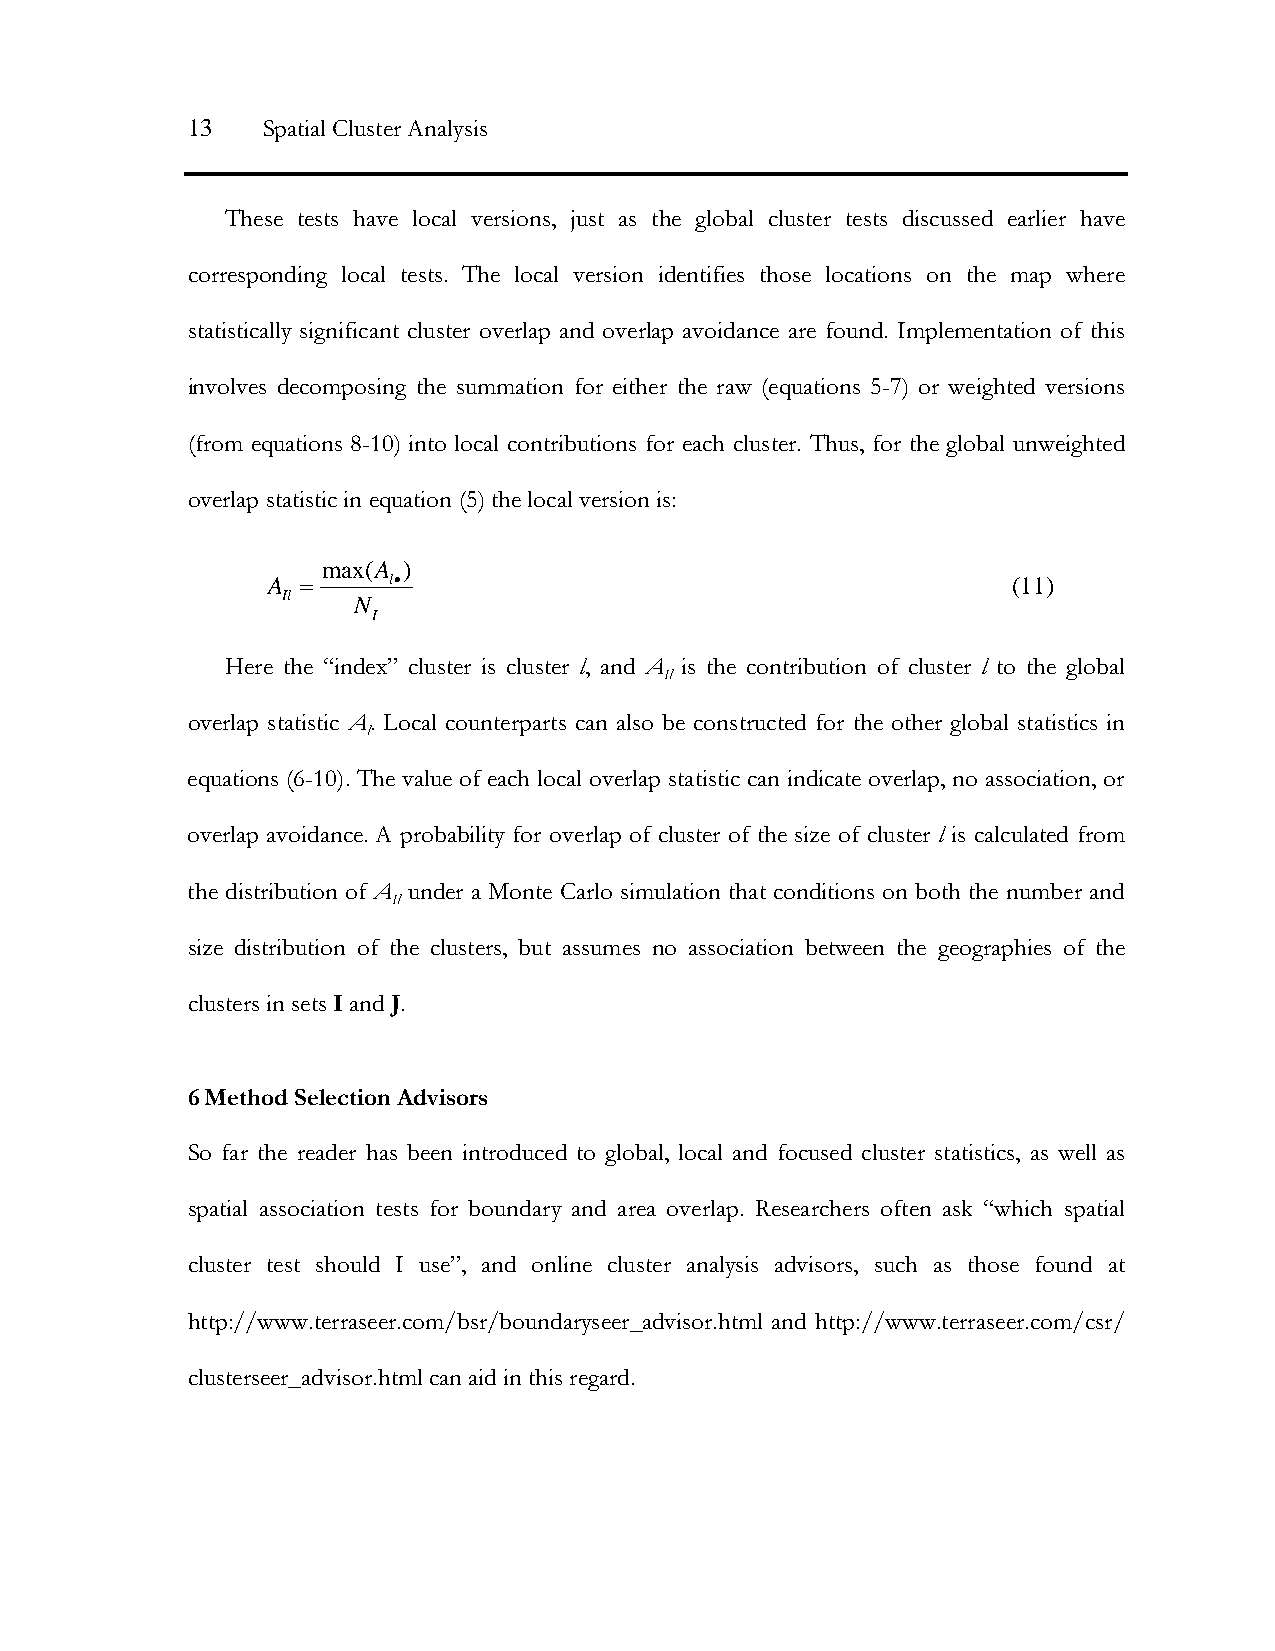
13   Spatial Cluster Analysis
 These tests have local versions, just as the global cluster tests discussed earlier have
 corresponding local tests. The local version identifies those locations on the map where
 statistically significant cluster overlap and overlap avoidance are found. Implementation of this
 involves decomposing the summation for either the raw (equations 5-7) or weighted versions
 (from equations 8-10) into local contributions for each cluster. Thus, for the global unweighted
 overlap statistic in equation (5) the local version is:
 max(A )
 A =     l•                                       (11)
 Il  N
 I
 Here the “index” cluster is cluster l, and A is the contribution of cluster l to the global
 Il
 overlap statistic A. Local counterparts can also be constructed for the other global statistics in
 l
 equations (6-10). The value of each local overlap statistic can indicate overlap, no association, or
 overlap avoidance. A probability for overlap of cluster of the size of cluster l is calculated from
 the distribution of A under a Monte Carlo simulation that conditions on both the number and
 Il
 size distribution of the clusters, but assumes no association between the geographies of the
 clusters in sets I and J.
 6 Method Selection Advisors
 So far the reader has been introduced to global, local and focused cluster statistics, as well as
 spatial association tests for boundary and area overlap. Researchers often ask “which spatial
 cluster test should I use”, and online cluster analysis advisors, such as those found at
 http://www.terraseer.com/bsr/boundaryseer_advisor.html and http://www.terraseer.com/csr/
 clusterseer_advisor.html can aid in this regard.